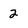
Character: 2